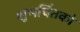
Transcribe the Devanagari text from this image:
शुभचिंतको